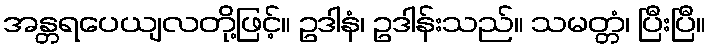
အန္တရပေယျလတို့ဖြင့်။ ဥဒါနံ၊ ဥဒါန်းသည်။ သမတ္တံ၊ ပြီးပြီ။